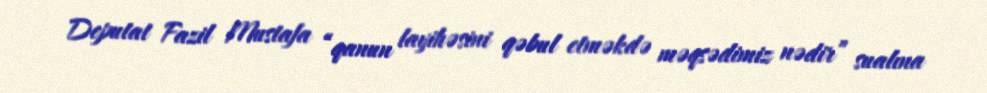
Deputat Fazil Mustafa “qanun layihəsini qəbul etməkdə məqsədimiz nədir” sualına